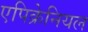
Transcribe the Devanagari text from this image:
एपिक्रेनियल